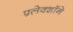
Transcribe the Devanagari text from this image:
फ़्लेक्शॉने